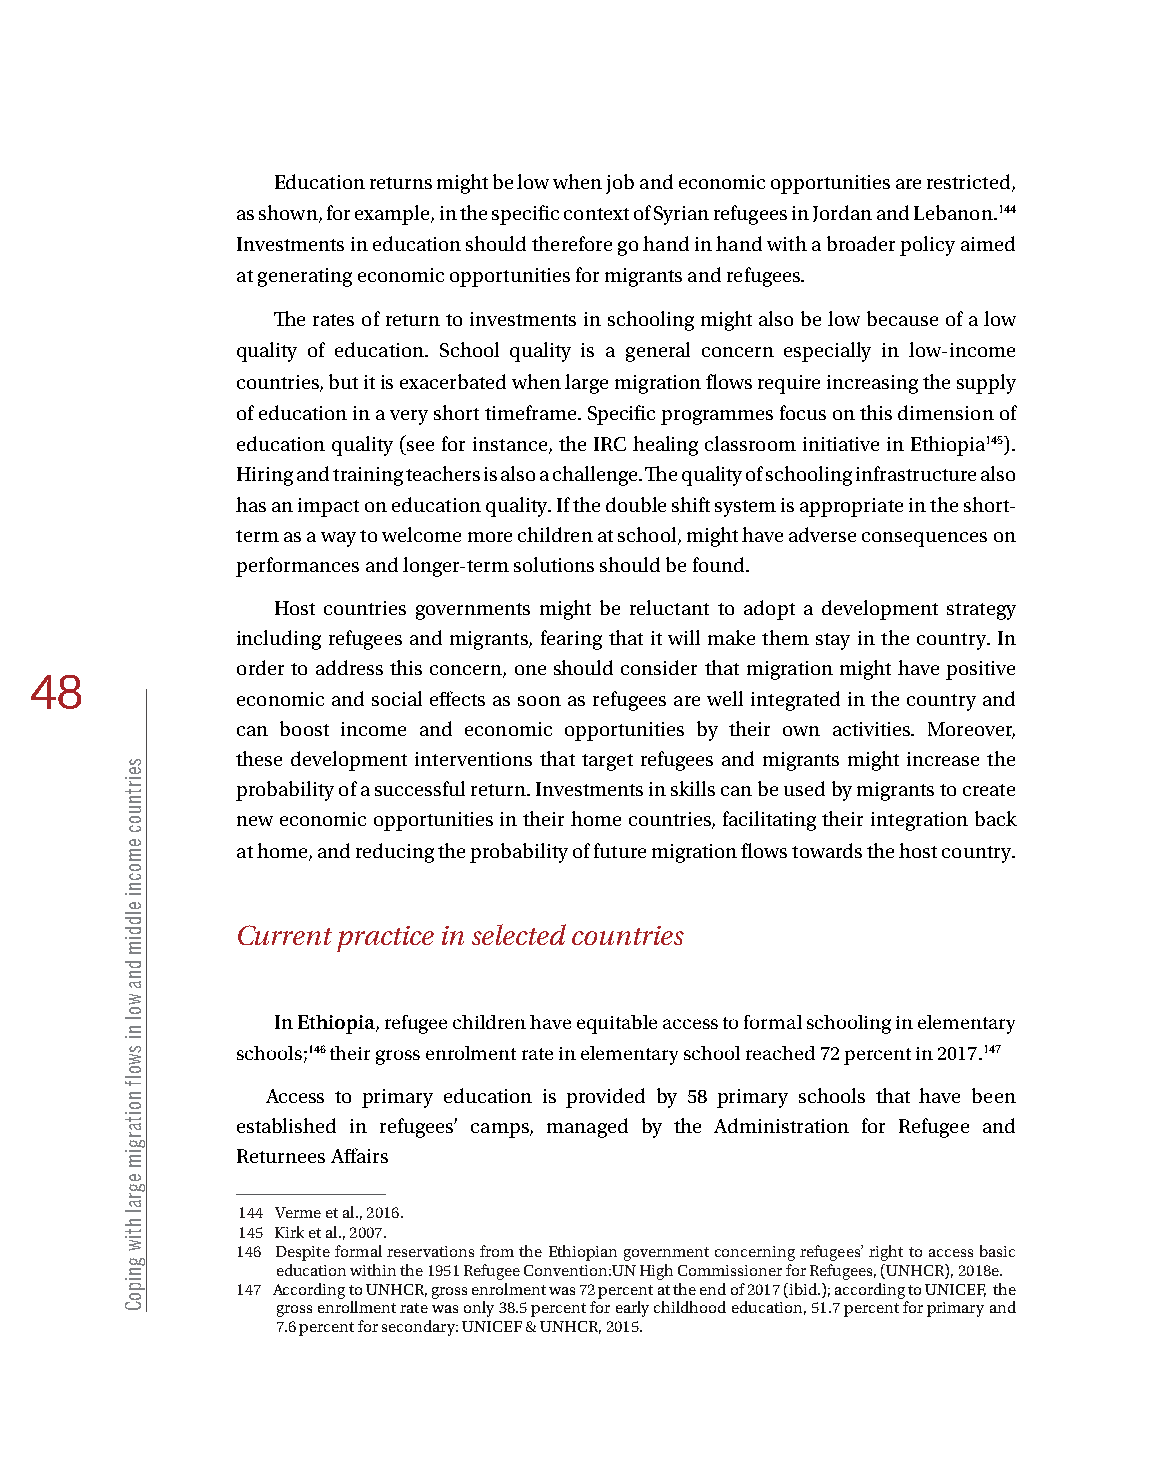
Education returns might be low when job and economic opportunities are restricted,
 as shown, for example, in the specific context of Syrian refugees in Jordan and Lebanon.144
 Investments in education should therefore go hand in hand with a broader policy aimed
 at generating economic opportunities for migrants and refugees.
 The rates of return to investments in schooling might also be low because of a low
 quality of education. School quality is a general concern especially in low-income
 countries, but it is exacerbated when large migration flows require increasing the supply
 of education in a very short timeframe. Specific programmes focus on this dimension of
 education quality (see for instance, the IRC healing classroom initiative in Ethiopia145).
 Hiring and training teachers is also a challenge. The quality of schooling infrastructure also
 has an impact on education quality. If the double shift system is appropriate in the short-
 term as a way to welcome more children at school, might have adverse consequences on
 performances and longer-term solutions should be found.
 Host countries governments might be reluctant to adopt a development strategy
 including refugees and migrants, fearing that it will make them stay in the country. In
 order to address this concern, one should consider that migration might have positive
 48
 economic and social effects as soon as refugees are well integrated in the country and
 can boost income and economic opportunities by their own activities. Moreover,
 these development interventions that target refugees and migrants might increase the
 probability of a successful return. Investments in skills can be used by migrants to create
 new economic opportunities in their home countries, facilitating their integration back
 at home, and reducing the probability of future migration flows towards the host country.
 Current practice in selected countries
 In Ethiopia, refugee children have equitable access to formal schooling in elementary
 schools;146 their gross enrolment rate in elementary school reached 72 percent in 2017.147
 Access to primary education is provided by 58 primary schools that have been
 established in refugees’ camps, managed by the Administration for Refugee and
 Returnees Affairs
 144 Verme et al., 2016.
 145 Kirk et al., 2007.
 146 Despite formal reservations from the Ethiopian government concerning refugees’ right to access basic
 education within the 1951 Refugee Convention:UN High Commissioner for Refugees, (UNHCR), 2018e.
 147 According to UNHCR, gross enrolment was 72 percent at the end of 2017 (ibid.); according to UNICEF, the
 gross enrollment rate was only 38.5 percent for early childhood education, 51.7 percent for primary and
 7.6 percent for secondary: UNICEF & UNHCR, 2015.
 seirtnuoc
 emocni
 elddim
 dna
 wol
 ni
 swolf
 noitargim
 egral
 htiw
 gnipoC